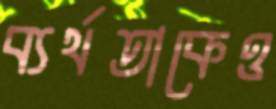
ব্যর্থতাকেও